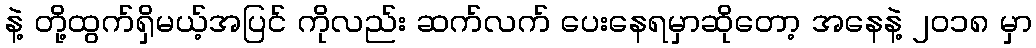
နဲ့ တို့ထွက်ရှိမယ့်အပြင် ကိုလည်း ဆက်လက် ပေးနေရမှာဆိုတော့ အနေနဲ့ ၂၀၁၈ မှာ